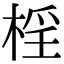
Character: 𣓆